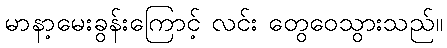
မာနာ့မေးခွန်းကြောင့် လင်း တွေဝေသွားသည်။